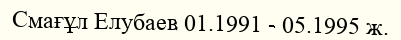
Смағұл Елубаев 01.1991 - 05.1995 ж.